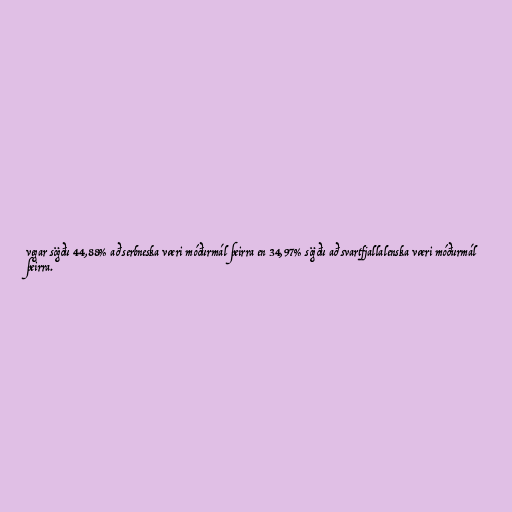
vegar sögðu 44,88% að serbneska væri móðurmál þeirra en 34,97% sögðu að svartfjallalenska væri móðurmál
þeirra.